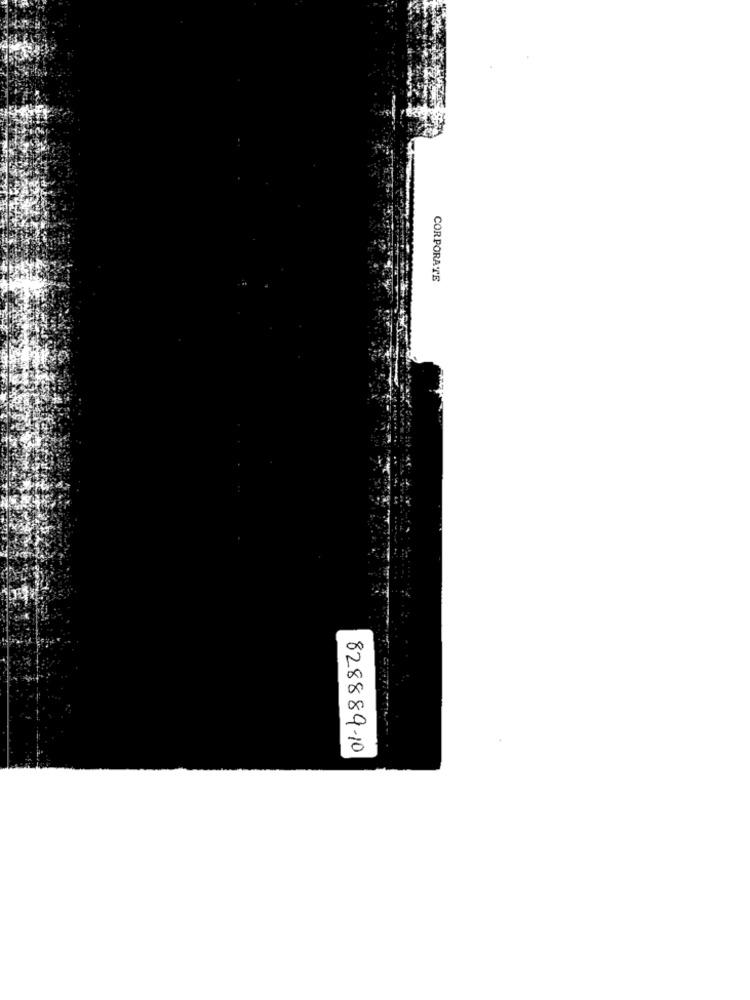
CORPORATE
828889-10